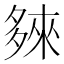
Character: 𭐽